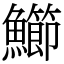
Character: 䲙